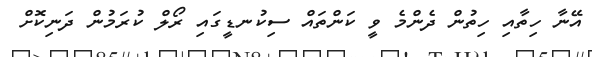
އޭނާ ހިތާއި ހިތުން ދެންމެ ވީ ކަންތައް ސިކުނޑީގައި ރޯލް ކުރަމުން ދަނިކޮށް